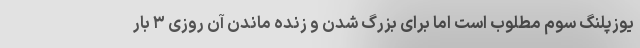
یوزپلنگ سوم مطلوب است اما برای بزرگ شدن و زنده ماندن آن روزی ۳ بار